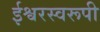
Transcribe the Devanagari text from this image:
ईश्वरस्वरूपी